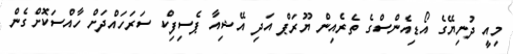
މިއީ ދުނިޔޭގެ އޯޑިއެންސްގެ ތެރެއިން ޔޫރަޕް އަދި އޭޝިއާ ޕެސިފިކް ސަރަހައްދަށް ހާއްސަކޮށްގެން